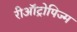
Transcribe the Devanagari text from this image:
रीऑट्रोपिज्म